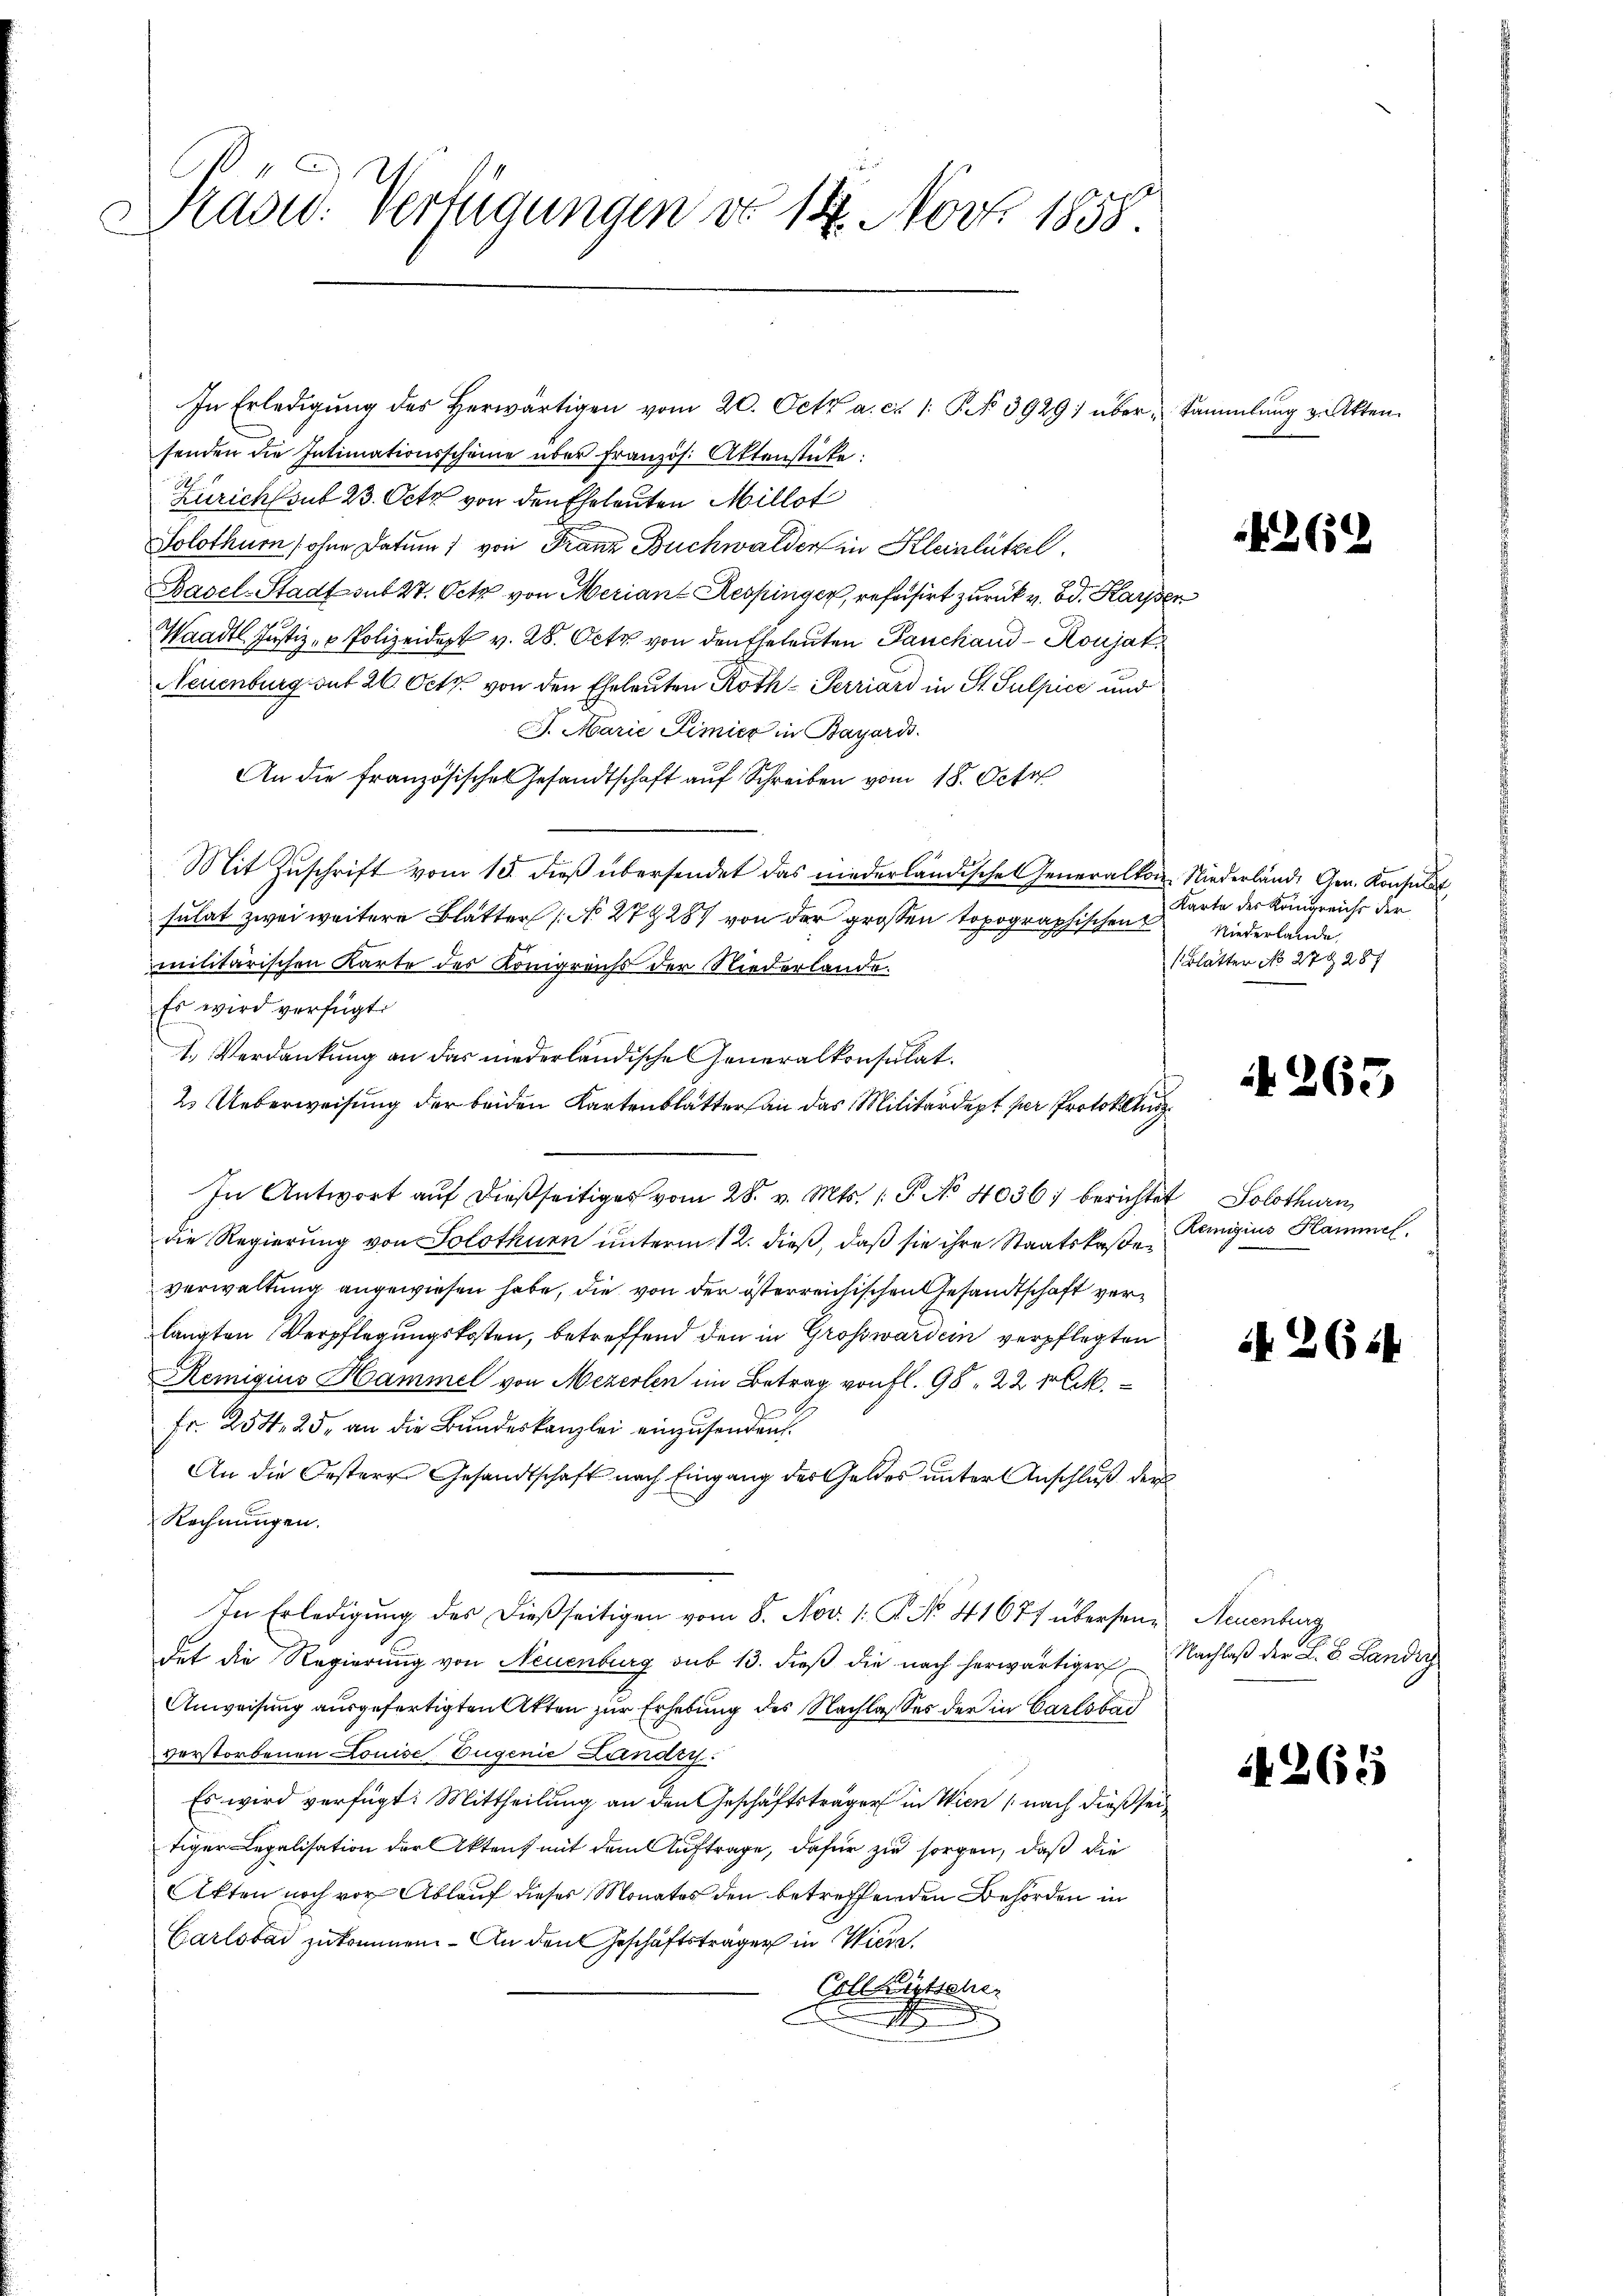
Madw. Verfügungen do 14. Nov. 1858.
.

In Erledigŭng des herwärtigen vom 20. Oct. a. c. 1. P. Nr. 3929) übersenden die Intimationsscheine über französ. Aktenstücke.
Zürich sont 23. Octz von den Eheleuten Millet
Solothurn (ohne Datum 1 von Franz Buchwalder in Kleinlützel
Basel-Stadt sub 27. Octz von Meriant Respinger, refaisirt zurück v. Bd. Kaiser
Waadt Justiz- & Polizeidept v. 28. Octz von den Eheleuten Panchand-Roujat
Neuenburg sut 26. Oct. von den Eheleuten Roth-Terriard in St. Sulpice und
J. Marie Limier in Bayards
An die französisches Gesandtschaft auf Schreiben vom 18. Octo
Mit Zuschrift vom 15. dieß übersendet das niederländische Generalkon Niederlände Gen. Konsulat
sulat zwei weitere Blätter No. 27 287 von der grossen topographischen
militärischen Karte des Königreichs der Niederlande.
Es wird verfügt:
2. Ueberweisung der beiden Kartenblatter an das Militärdept per Protokol
In Antwort auf dießseitiges vom 28. v. Mts. (T. No 4036) berichtet Solothurn
die Regierung von Solothurn unterm 12. dieß, daß sie ihre Staatskaßeverwaltung angewiesen habe, die von der österreichischen Gesandtschaft verlangten Verpflegungskosten, betreffend den in Großward ein verpflegten
Remigius Hammel von Mezerlen im Betrag von fl. 98. 22. Mit
Fr. 254, 25, an die Bundeskanzlei einzusenden.
An die Oesteres Gesandtschaft nach Eingang des Geldes unter Anschluß der
Rechnungen.
In Erledigŭng des dießseitigen vom 8. Nov. 1. P. No. 41671 überseine Neuenburg
det die Regierung von Neuenburg sub 13. dieß die nach herwärtiger
Anweisung ausgefertigten Akten zur Erhebung des Nachlasses der in Carlsbad
verstorbenen Louise, Eugenie Landry.
Es wird verfügt: Mittheilung an den Geschäftsträger in Wien (nach dieß sei
tiger Legalisation der Aktens mit dem Auftrage, dafür zu sorgen, daß die
Akten noch vor Ablauf dieser Monates den betreffenden Behörden in
Carlstad zukommen. - An den Geschäftsträger in Wiede
Collwirtsche

I. Verdankung an das niederländische Generalkonsulat.

Sammlung v. Atten.

4269

Karte des Königreiche der
Niederlande,
Blätter No 27. 287

265

Remigius Hammel.

N 26.

Nachlaß der L. B. Landig

4265